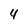
Character: 4